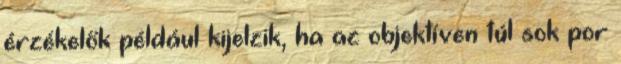
érzékelők például kijelzik, ha az objektíven túl sok por